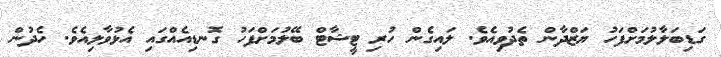
ގަޑިބަލާލުމަށްފަހު ޔަޒްދާން ތެދުވިއެވެ. ލައިގެން ހުރި ޓީޝާޓް ބޭލުމަށްފަހު ގޮނޑިއެއްގައި އެޅުވާލިއެވެ. ހެދުން